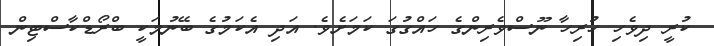
ކުރީ ދިވެހި ހުރިހާ ނޫސްވެރިންގެ ހައްގުގަ ކަމަށެވެ. އަދި އެކަމުގެ ބޭނުމަކީ ބްރޯޑްކާސްޓިން